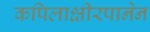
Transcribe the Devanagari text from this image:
कपिलाक्षीरपानेन